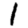
Digit: 1